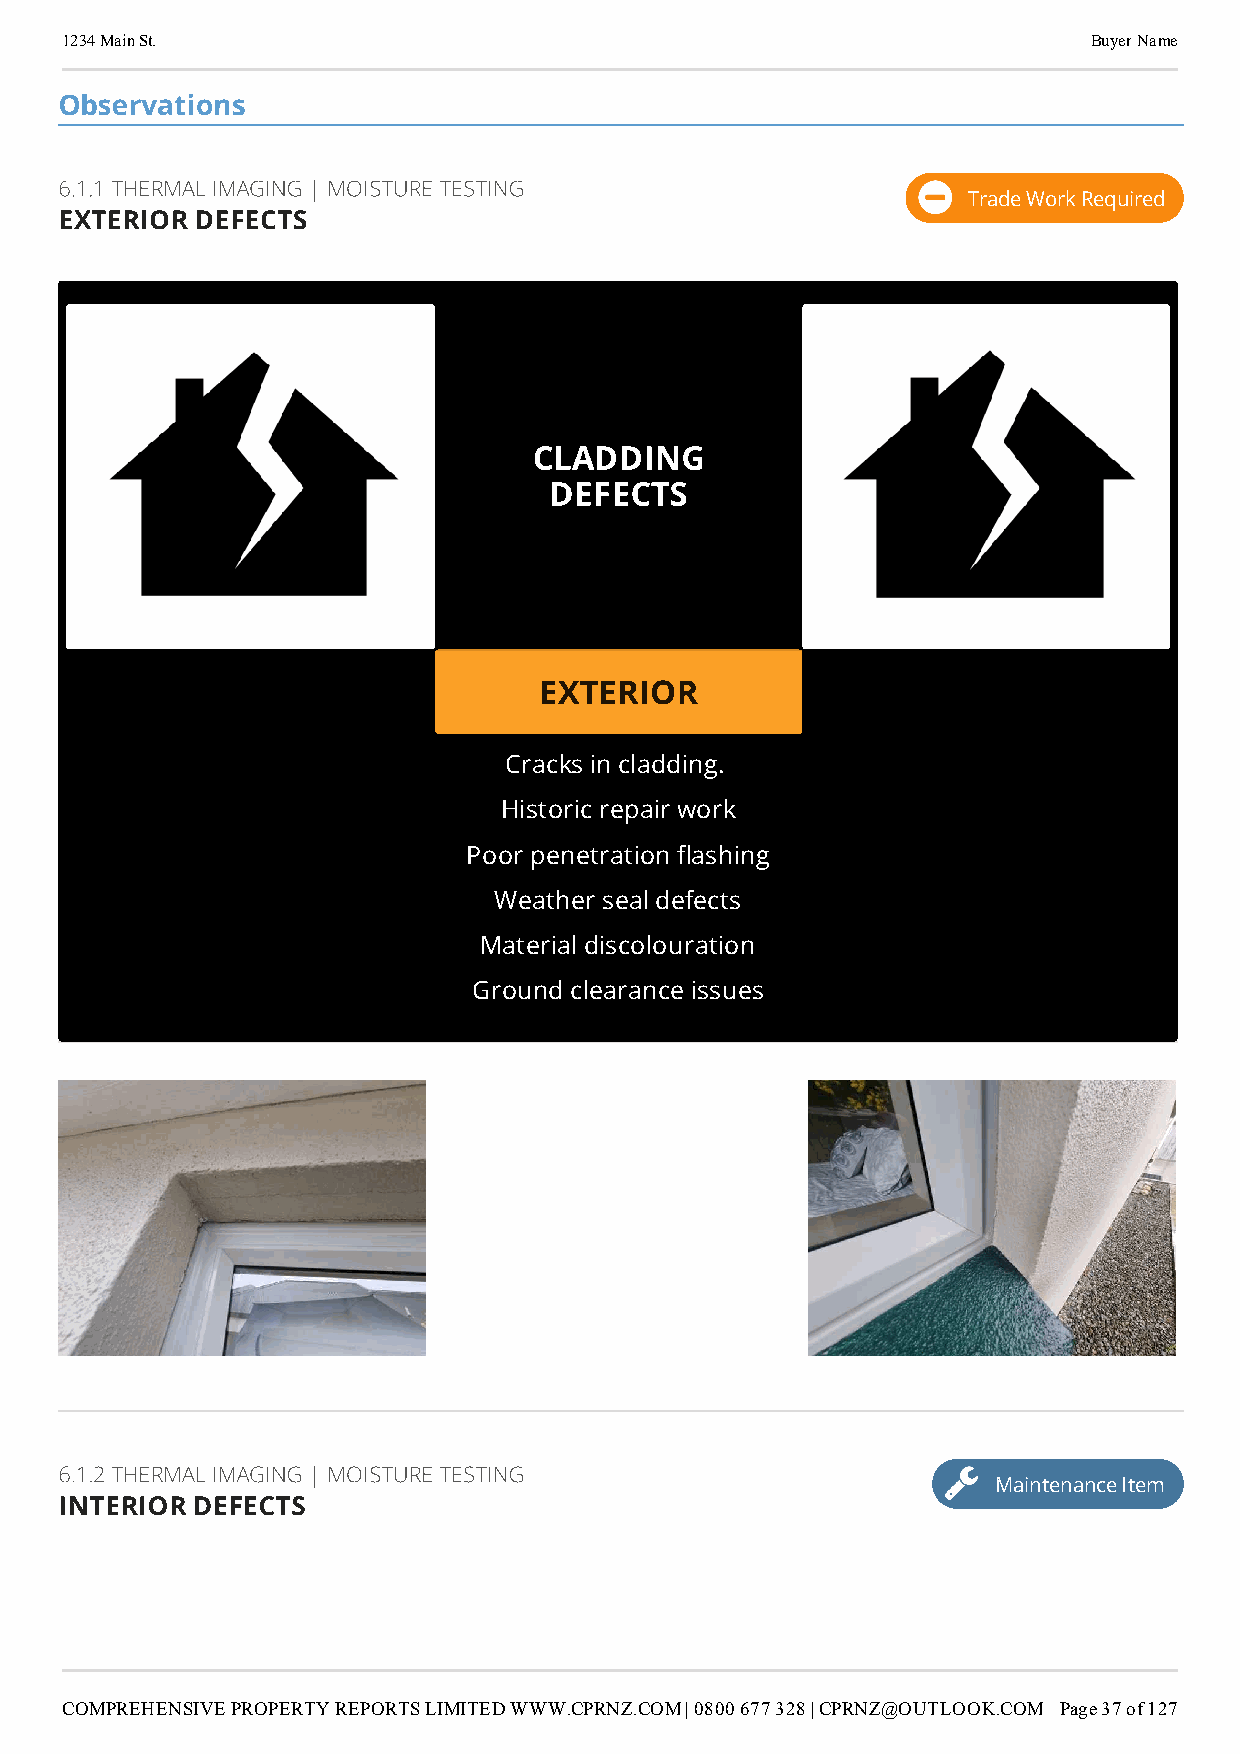
1234 Main St.                                                       Buyer Name
 Observations
 6.1.1 THERMAL IMAGING | MOISTURE TESTING
 Trade Work Required
 EXTERIOR DEFECTS
 CLADDING
 DEFECTS
 EXTERIOR
 Cracks in cladding.
 Historic repair work
 Poor penetration ashing
 Weather seal defects
 Material discolouration
 Ground clearance issues
 6.1.2 THERMAL IMAGING | MOISTURE TESTING
 Maintenance Item
 INTERIOR DEFECTS
 COMPREHENSIVE PROPERTY REPORTS LIMITED WWW.CPRNZ.COM | 0800 677 328 | CPRNZ@OUTLOOK.COM Page 37 of 127